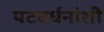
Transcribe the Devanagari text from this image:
पटवर्धनांशी